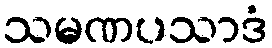
သမဏပသာဒံ